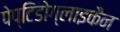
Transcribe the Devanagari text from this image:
पेप्टिडोग्लाइकैन